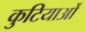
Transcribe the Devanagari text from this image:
कुटियाओं